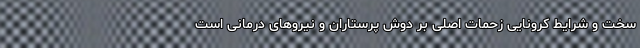
سخت و شرایط کرونایی زحمات اصلی بر دوش پرستاران و نیروهای درمانی است